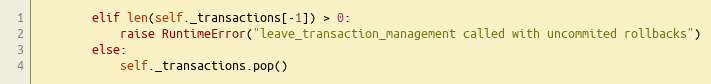
Language: Python
        elif len(self._transactions[-1]) > 0:
            raise RuntimeError("leave_transaction_management called with uncommited rollbacks")
        else:
            self._transactions.pop()